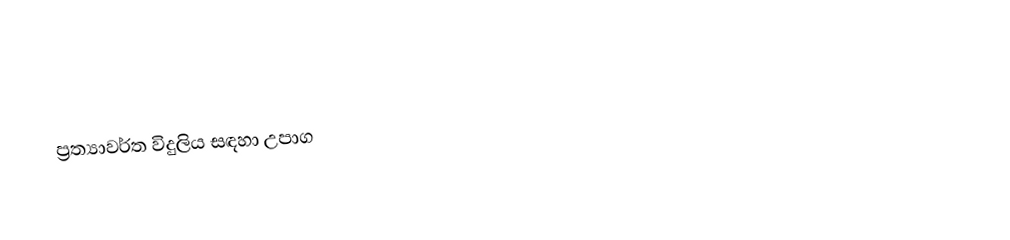
ප්‍රත්‍යාවර්ත විදුලිය සඳහා උපාග